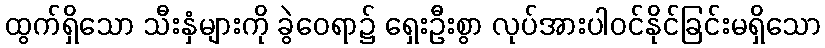
ထွက်ရှိသော သီးနှံများကို ခွဲဝေရာ၌ ရှေးဦးစွာ လုပ်အားပါဝင်နိုင်ခြင်းမရှိသော